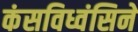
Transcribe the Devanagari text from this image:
कंसविध्वंसिने